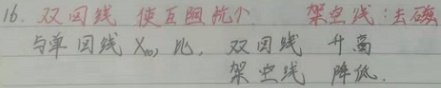
16. 双回线，使互阻抗小。与单回线 \(X_{0}\) 比，双回线升高，架空线降低。